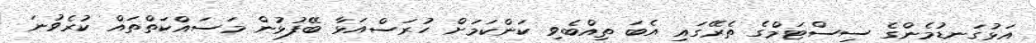
އަޅުގަނޑުމެންގެ ސިސްޓަމްގެ ތެރޭގައި އެބަ ތިއްބެވި ކަންކަމަށް ހުރަސްއަޅާ ބޭފުޅުން މަސައްކަތްތައް ކުރެވުނަ